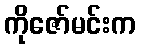
ကိုဇော်မင်းက